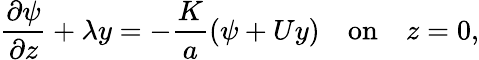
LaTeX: \frac{\partial\psi}{\partial z}+\lambda y=-\frac{K}{a}\left(\psi+Uy\right)\quad\textrm{on}\quad z=0,